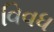
વિવધ